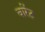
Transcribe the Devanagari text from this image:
वारेंट